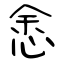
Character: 悆